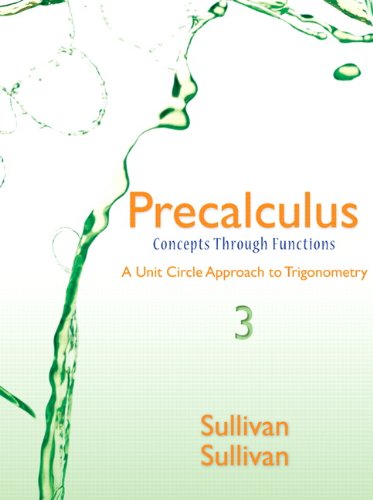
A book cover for Precalculus: Concepts Through Functions, A Unit Circle Approach to Trigonometry (3rd Edition); Michael Sullivan; Science & Math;